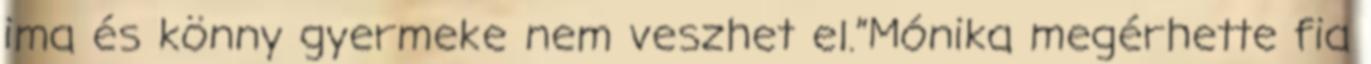
ima és könny gyermeke nem veszhet el.”Mónika megérhette fia